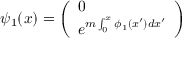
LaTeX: \psi _ { 1 } ( x ) = \left( \begin{array} { l } { { 0 } } \\ { { e ^ { m \int _ { 0 } ^ { x } \phi _ { 1 } ( x ^ { \prime } ) d x ^ { \prime } } } } \end{array} \right)